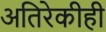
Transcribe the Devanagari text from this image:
अतिरेकीही